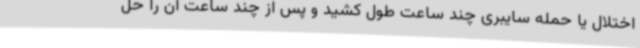
اختلال یا حمله سایبری چند ساعت طول کشید و پس از چند ساعت آن را حل